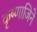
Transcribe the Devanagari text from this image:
कृष्णाजिने